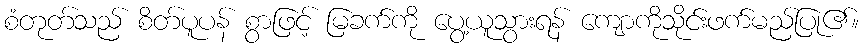
စံတုတ်သည် စိတ်ပူပန် စွာဖြင့် မြခက်ကို ပွေ့ယူသွားရန် ကျောကိုသိုင်းဖက်မည်ပြု၏။